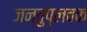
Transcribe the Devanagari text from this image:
जन्तुप्लवक